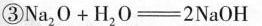
③$$Na_{2}O+H_{2}0=2NaOH$$